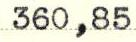
360,85